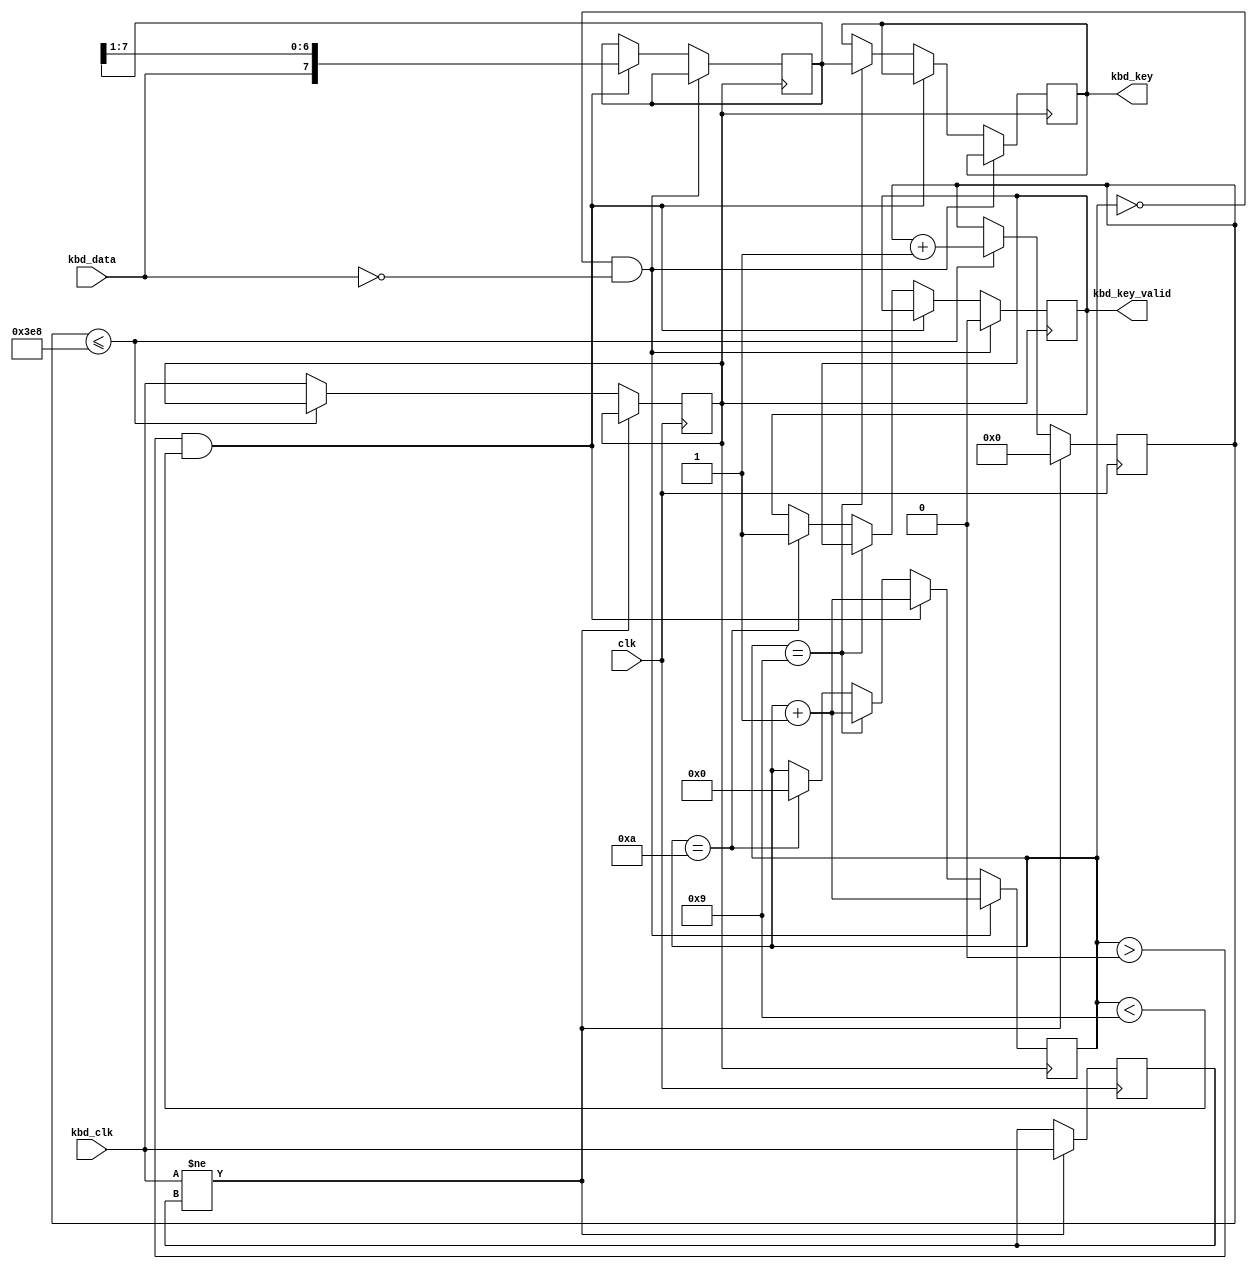
/* This file is part of fpga-spec by ZXMicroJack - see LICENSE.txt for moreinfo */
module ps2(input wire kbd_clk, input wire kbd_data, output wire [7:0] kbd_key, output wire kbd_key_valid, input wire clk);
  reg [7:0] data_input = 0;
  reg [5:0] nbits = 0;

  reg [7:0] key = 0;
  reg valid = 0;

  assign kbd_key_valid = valid;
  assign kbd_key = key;

  reg kbd_clk_debounced;
  reg kbd_clk_last;
  reg[9:0] debounce_count;

  initial kbd_clk_debounced = 1'b0;
  initial kbd_clk_last = 1'b0;
  initial debounce_count = 0;

  // settle time for ps2 clk
  always @ (negedge clk) begin
    if (kbd_clk != kbd_clk_last) begin
      debounce_count[9:0] <= 0;
      kbd_clk_last <= kbd_clk;
    end else if (debounce_count[9:0] <= 1000) begin
    // end else if (debounce_count[9:0] <= 500) begin
      debounce_count[9:0] <= debounce_count[9:0] + 1;
    end else begin
      kbd_clk_debounced <= kbd_clk;
    end
  end

  // scan keyboard
  always @ (negedge kbd_clk_debounced) begin
    if (nbits == 0 && !kbd_data) begin
      valid <= 1'b0;
      nbits <= nbits + 1'b1;
    end else if (nbits > 0 && nbits < 9) begin
      data_input <= {kbd_data, data_input[7:1]} ;
      nbits <= nbits + 1'b1;
    end else if (nbits == 9) begin
      // parity - not implemented
      nbits <= nbits + 1'b1;
      key[7:0] <= data_input[7:0];

    end else if (nbits == 10) begin
      nbits <= 1'b0;
      valid <= 1'b1;
    end
	end

endmodule